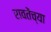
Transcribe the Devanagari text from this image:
रावतेंच्या